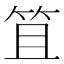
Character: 笡